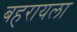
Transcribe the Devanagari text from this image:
बहरायला